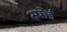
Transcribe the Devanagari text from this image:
स्पोर्ड